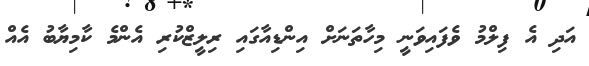
އަދި އެ ފިލްމު ވެފައިވަނީ މިހާތަނަށް އިންޑިއާގައި ރިލީޒްކުރި އެންމެ ކާމިޔާބު އެއް